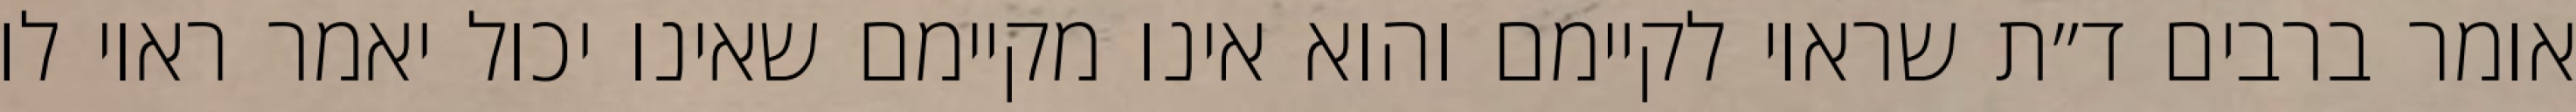
אומר ברבים ד״ת שראוי לקיימם והוא אינו מקיימם שאינו יכול יאמר ראוי לו